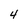
Character: 4